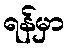
ရန်မှာ